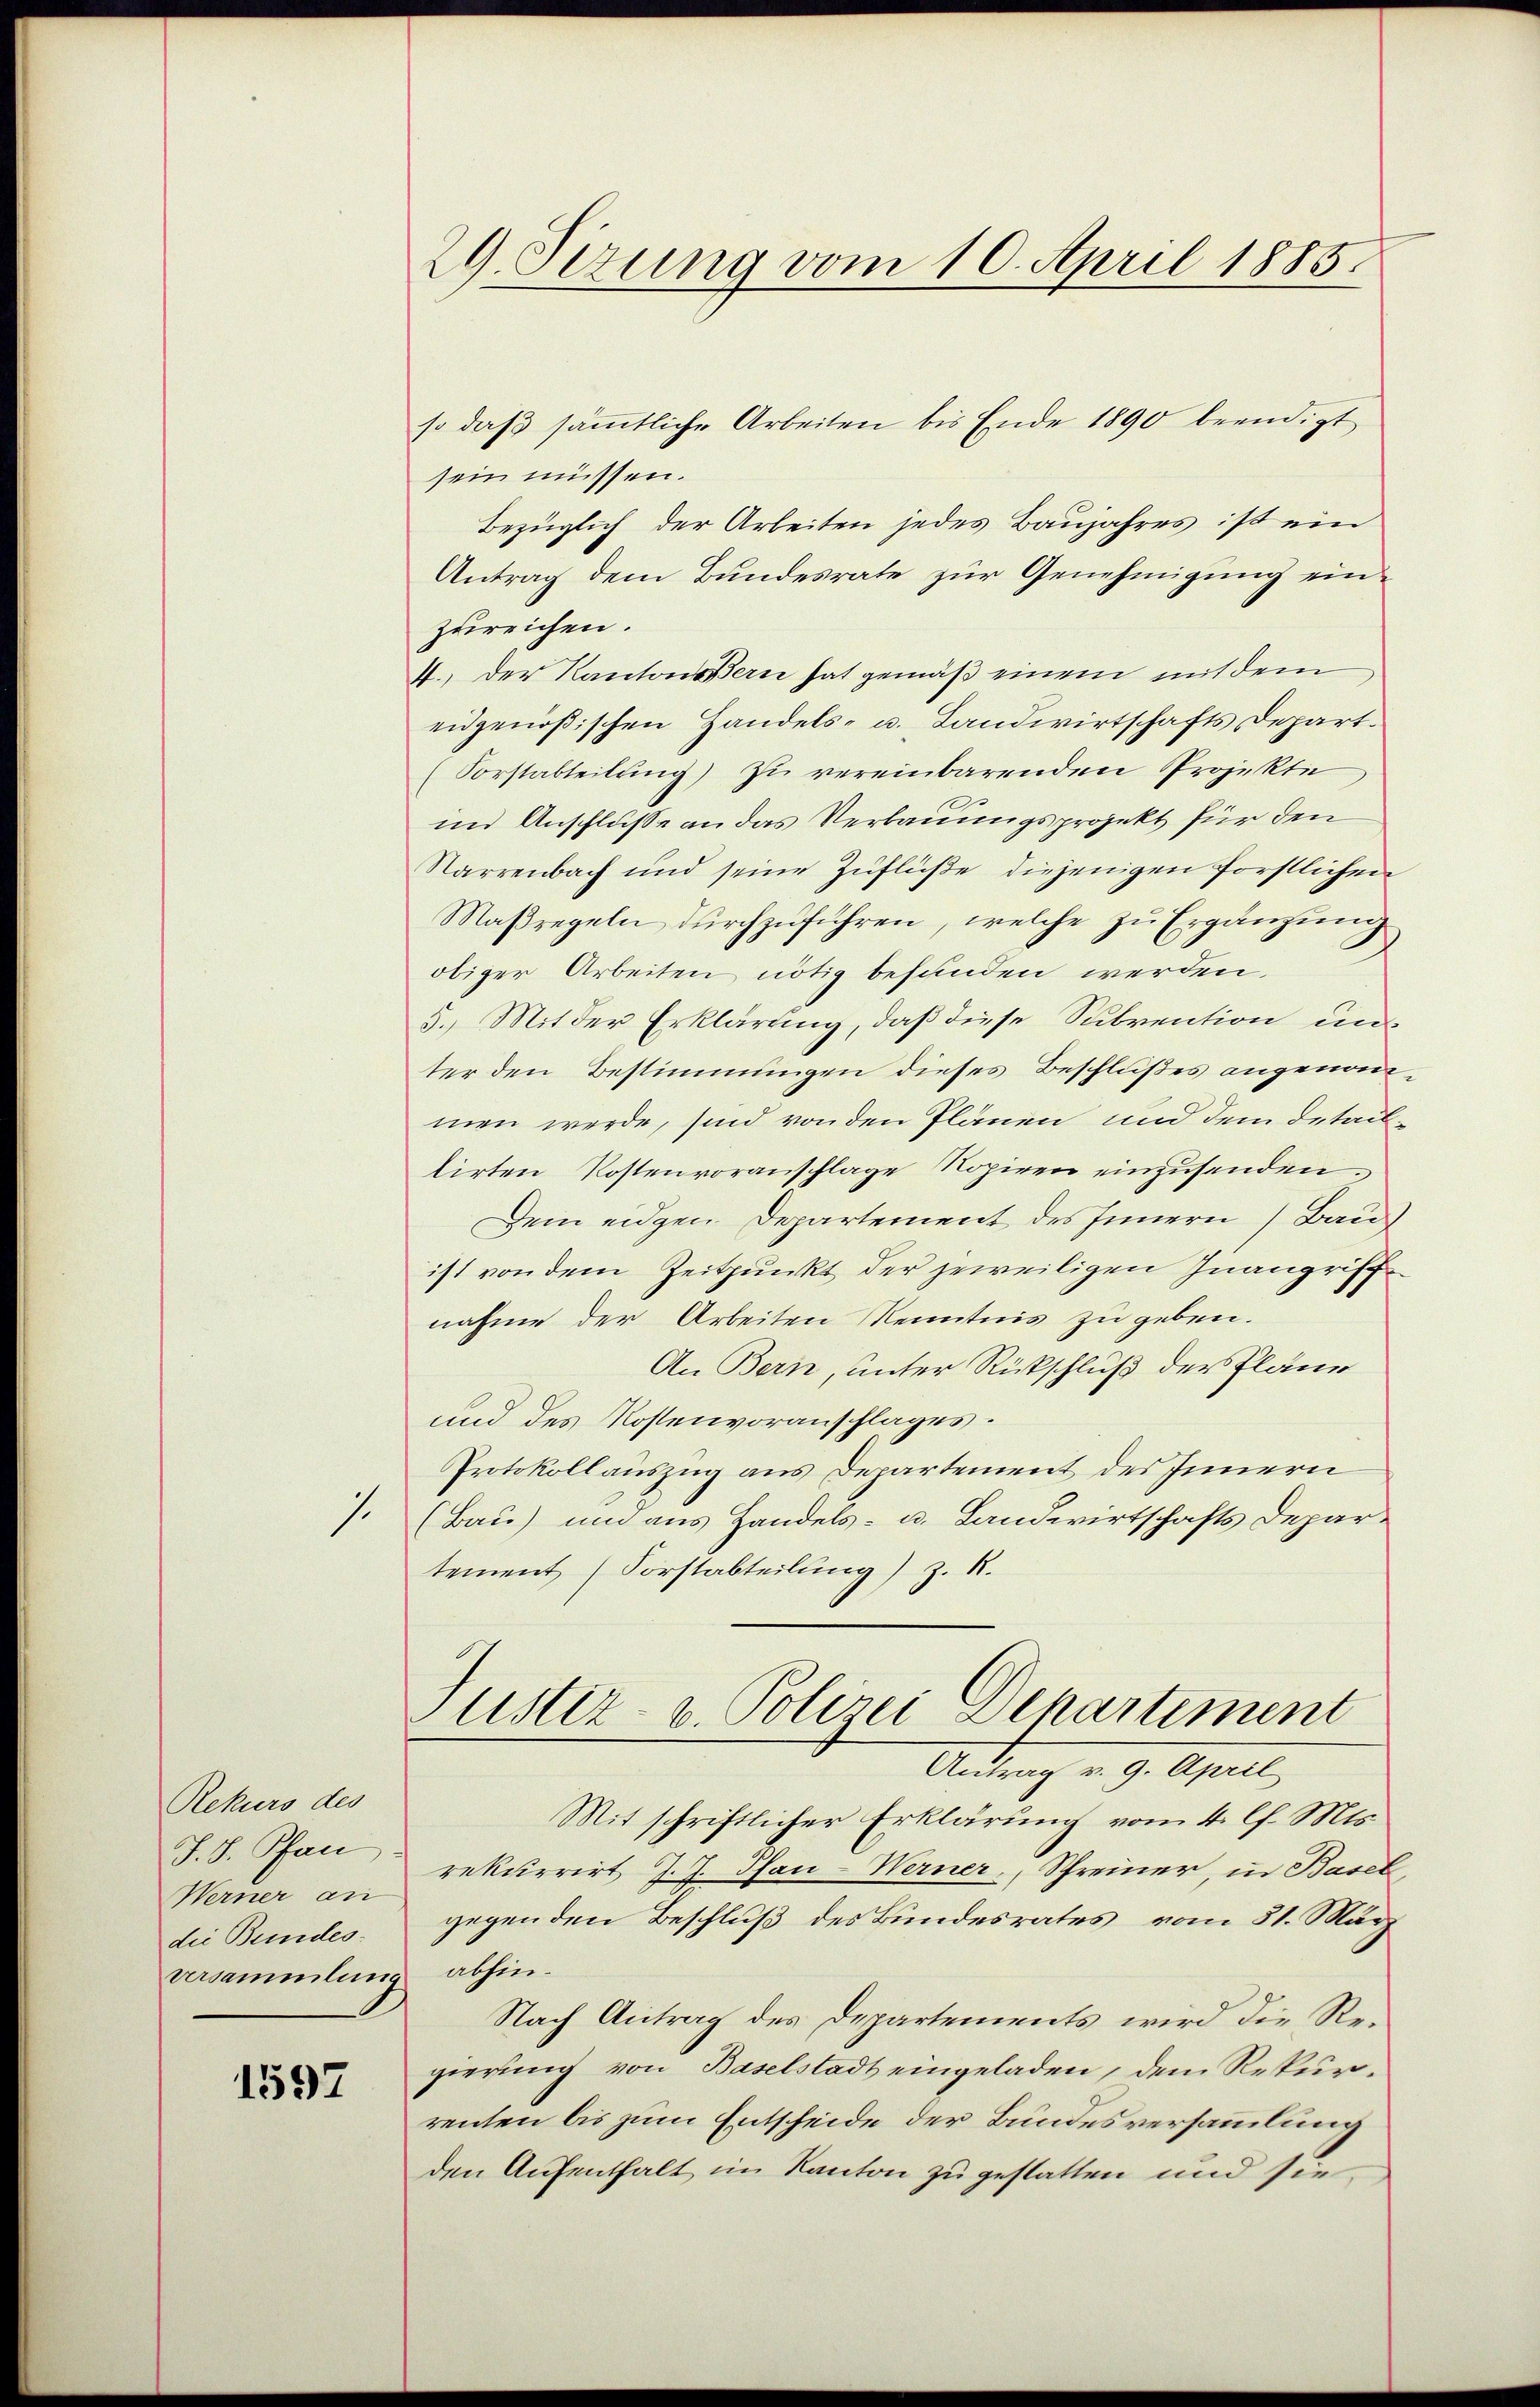
Rekurs des
J. J. Pfan
Werner an
die Bundes-
versammlung

1597

1.

29. Sizung vom 10. April 1885.

so daß sämmtliche Arbeiten bis Ende 1890 beendigt
sein müssen.
Bezüglich der Arbeiten jedes Baujahres ist ein
Antrag dem Bundesrate zur Genehmigung einzureichen.
4. Der Kantons Bern hat gemäß einem mit dem
eidgenößischen Handels- u. Landwirtschafts Depart.
(Sorstabteilung) zu vereinbarenden Projekte
in Anschlusse an das Verbauungsprojekt für den
Sarrenbach und seine Zuflüße diejenigen forstlichen
Maßregeln durchzuführen, welche zu Ergänzung
obiger Arbeiten nötig befunden werden,
5.) Mit der Erklärung, daß diese Subvention unter den Bestimmungen dieses Beschlußes angenommen werde, sind von den Plänen und dem Detailtirten Kostenvoranschlage Ropiren einzusenden.
Dem eidgen Departement des Innern Bau
ist von dem Zeitpunkt der jeweiligen Inangriff
nahme der Arbeiten Kenntnis zu geben.
An Bern, unter Rückschluß der Pläne
und des Kostenvoranschlages.
Protokollauszug aus Departement des Innern
(Bau) und aus Handels- u. Landwirtschafts Departement (Forstabteilung) z. R.
Justiz- u. Polizei Departiment
Antrag v. 9. April
Mit schriftlicher Erklärung vom 4. l. Mts.
rekurrirt J. J. Pfan-Werner, Schreiner, in Basel
gegen den Beschluß des Bundesrates vom 31. März
abhin.
Nach Antrag des Departements wird die Regierung von Baselstadt eingeladen, dem Rekurrenten bis zum Entscheide der Bundesversammlung
den Aufenthalt im Kanton zu gestatten und sie